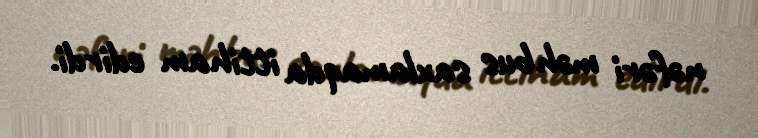
nəfəri məhbus saxlamaqda ittiham edirdi.